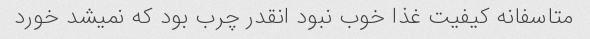
متاسفانه کیفیت غذا خوب نبود انقدر چرب بود که نمیشد خورد